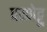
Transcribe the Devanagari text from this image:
परणेट्टु